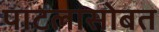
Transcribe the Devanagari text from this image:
पाटलासोबत